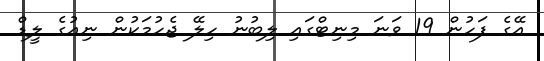
އޭގެ ފަހުން 19 ވަނަ މިނިޓްގައި ލިބުނު ހިލޭ ޖެހުމަކުން ނިއުގެ ލީޑް